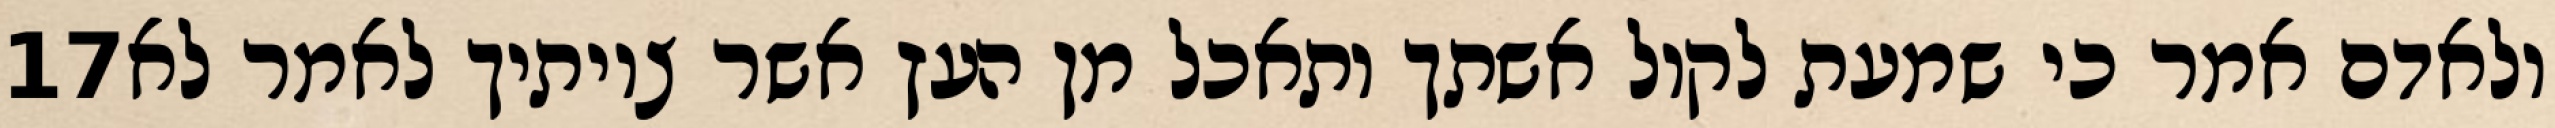
‎17‏ ולאדם אמר כי שמעת לקול אשתך ותאכל מן העץ אשר צויתיך לאמר לא